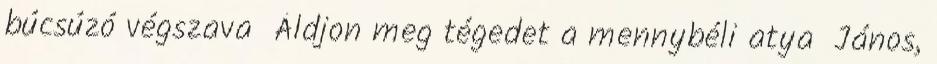
búcsúzó végszava Áldjon meg tégedet a mennybéli atya János,